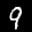
Label: 9